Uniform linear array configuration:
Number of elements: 24
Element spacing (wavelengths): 0.75
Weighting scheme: exponential
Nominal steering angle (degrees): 0
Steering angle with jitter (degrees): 0.2416
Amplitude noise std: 0.05
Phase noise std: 0.05

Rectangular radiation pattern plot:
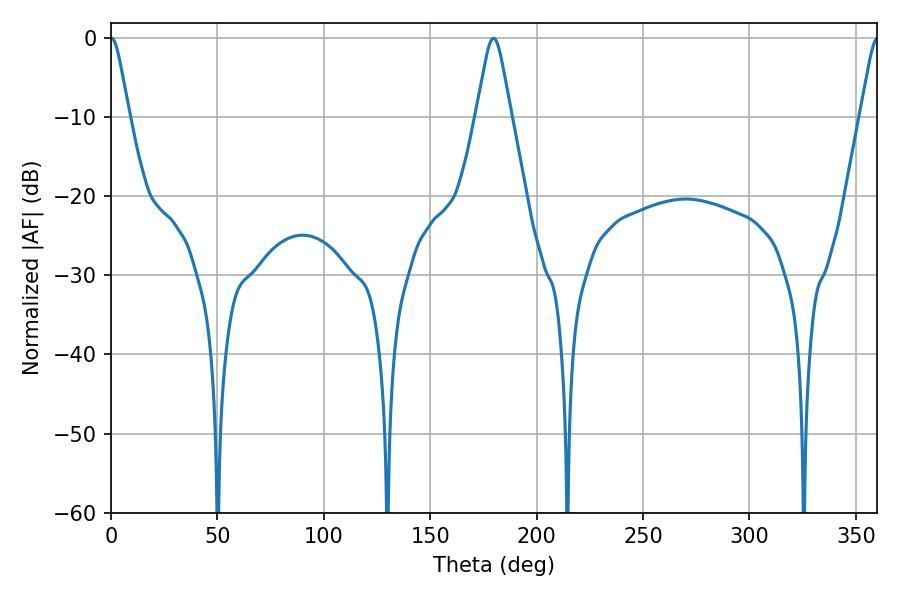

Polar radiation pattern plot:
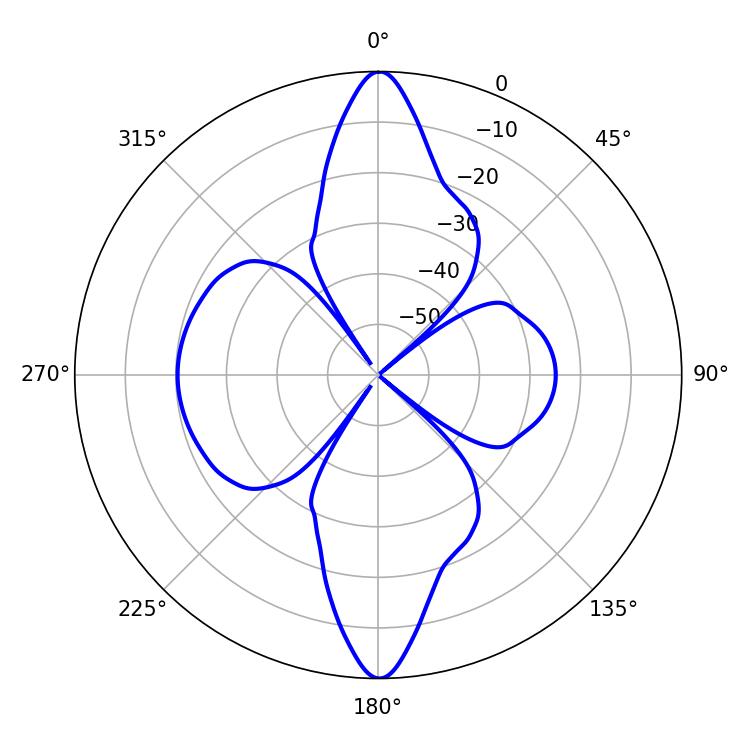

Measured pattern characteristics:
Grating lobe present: TRUE
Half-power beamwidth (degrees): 4.14
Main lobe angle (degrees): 0.18